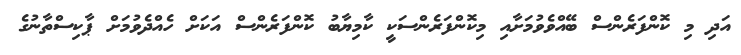
އަދި މި ކޮންފަރެންސް ބޭއްވެވުމަށާއި މިކޮންފަރެންސަކީ ކާމިޔާބު ކޮންފަރެންސް އަކަށް ހެއްދެވުމަށް ޕާކިސްތާނުގެ